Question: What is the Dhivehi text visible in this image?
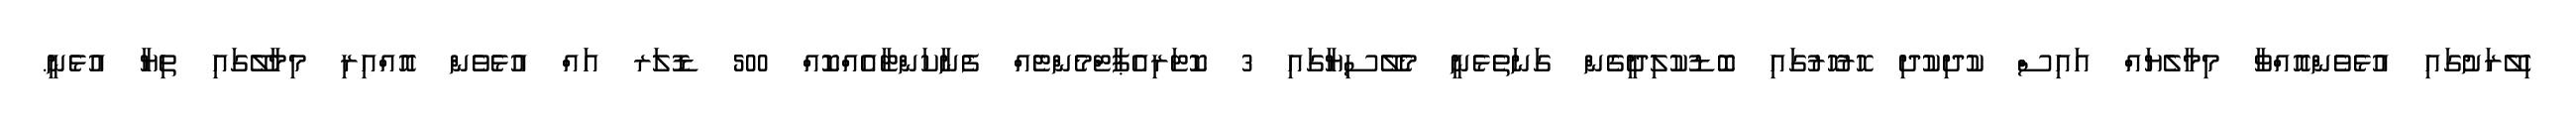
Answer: ހިލޭރަށުގައި އުޅެވެންއޮއްވާ މިމާލެޔައް އައިސް ކުދިކުދި ހޮރުހޮރުގައި ބޮޑުކުލިދީގެން ގަނަތެޅެނީ މެލޭސިޔާގައި 3 ކޮޓަރިއެޕާޓްމެންޓެއް ފެނާކަންޓާއެއްކޮއް 500 ޑޮލަރ އައް އުޅެވެން އޮއްއިރި މިމާލޭގައި ތިޔާ އުޅެނީ.